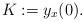
LaTeX: \begin{align*}K:= y_x(0).\end{align*}